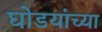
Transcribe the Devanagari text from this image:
घोडयांच्या